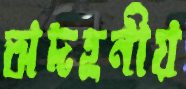
অদহনীয়